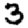
Digit: 3